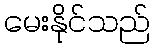
မေးနိုင်သည်